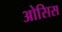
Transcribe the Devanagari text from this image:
ओसिस